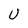
Character: U